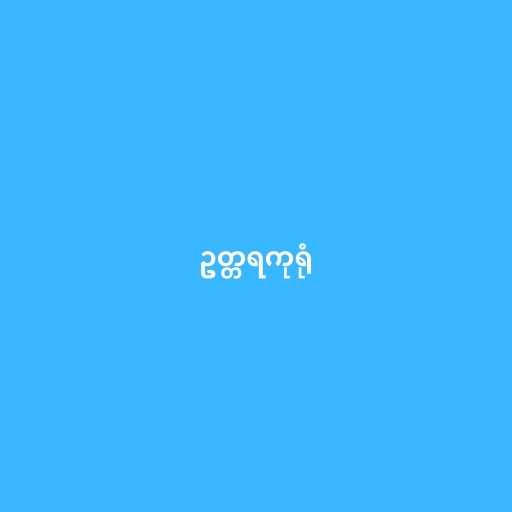
ဥတ္တရကုရုံ